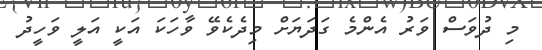
މި ދުވަސް ވަރު އެންމެ ގަދަޔަށް މިދެކެވޭ ވާހަކަ އަކީ އަލީ ވަހީދު